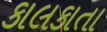
કાલકાતા